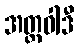
အတ္တဝါဒီ